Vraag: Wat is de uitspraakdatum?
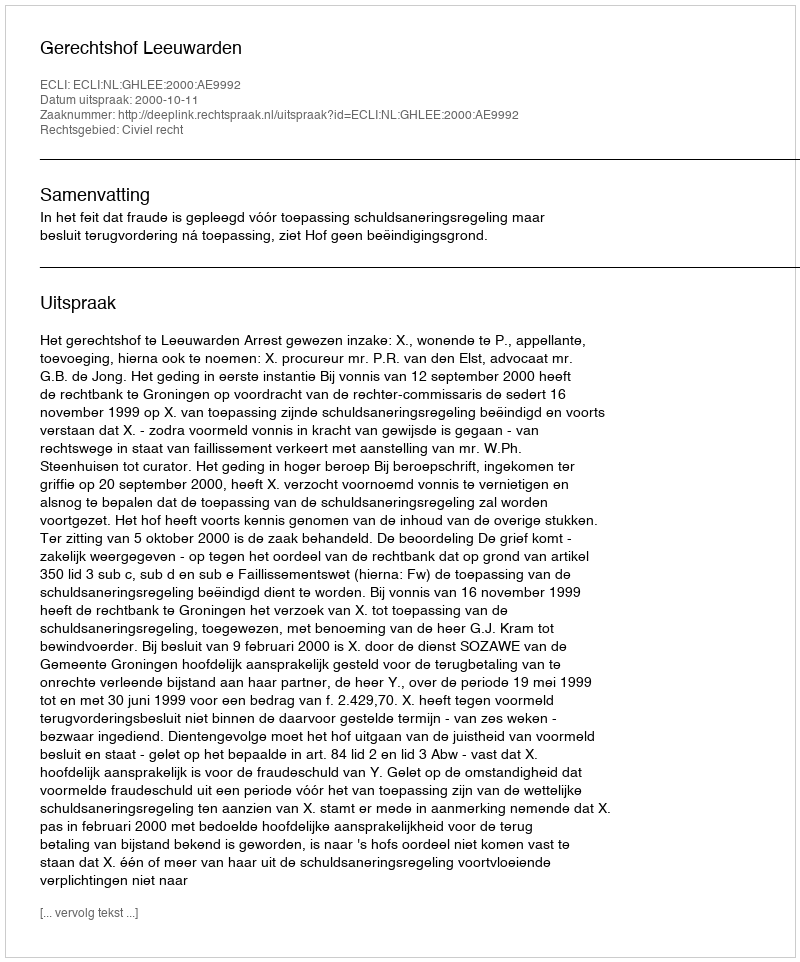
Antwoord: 2000-10-11